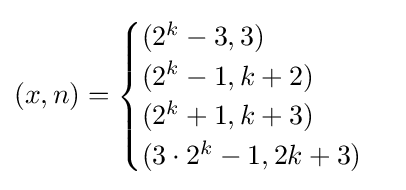
(x,n)={\begin{cases}(2^{k}-3,3)\\(2^{k}-1,k+2)\\(2^{k}+1,k+3)\\(3\cdot 2^{k}-1,2k+3)\end{cases}}